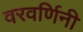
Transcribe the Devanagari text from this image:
वरवर्णिनी